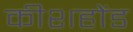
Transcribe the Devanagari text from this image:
कीशहोंड